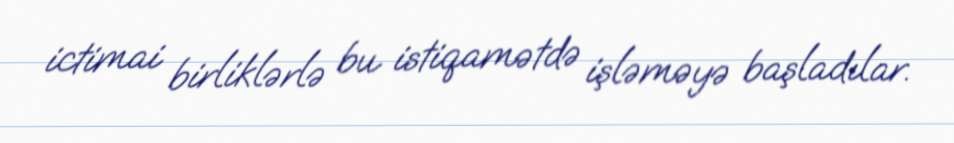
ictimai birliklərlə bu istiqamətdə işləməyə başladılar.